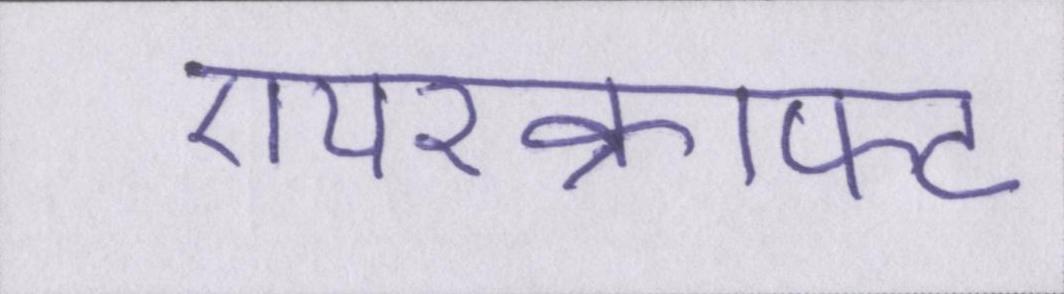
एयरक्राफ्ट